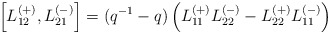
\begin{align*}\left[L_{12}^{(+)},L_{21}^{(-)}\right]=(q^{-1}-q)\left(L_{11}^{(+)}L_{22}^{(-)}-L_{22}^{(+)}L_{11}^{(-)}\right)\end{align*}